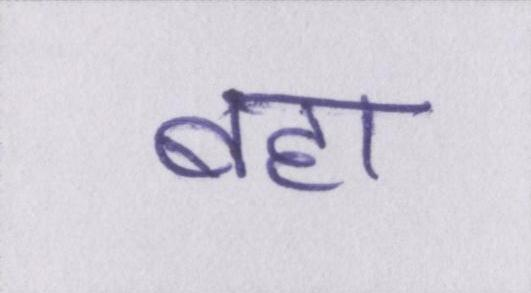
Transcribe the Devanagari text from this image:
बहा